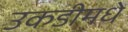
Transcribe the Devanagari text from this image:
उकडीमधे